Indian journal of veterinary science and animal husbandry - Volume 5,
Year: 1935
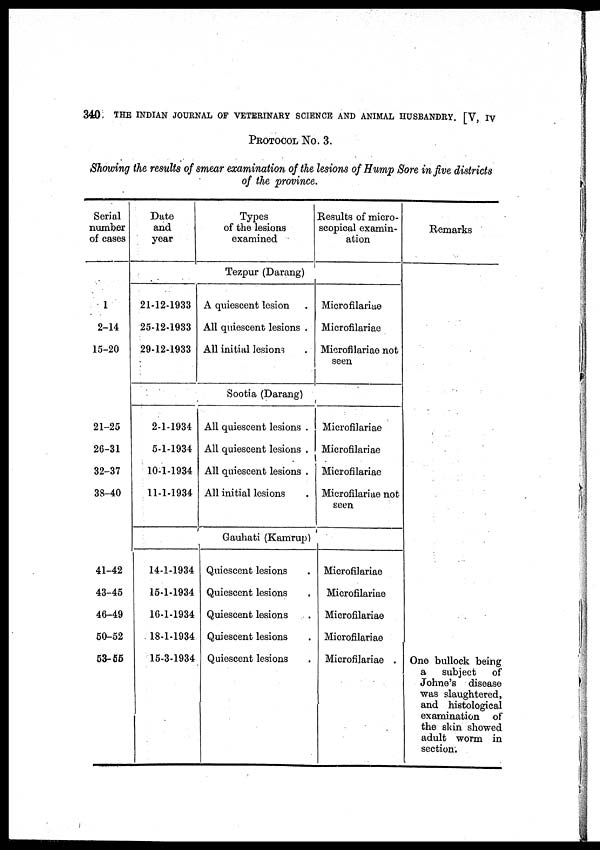
340
THE INDIAN JOURNAL OF VETERINARY SCIENCE AND ANIMAL HUSBANDRY. [V, IV
PROTOCOL No. 3.
Showing the results of smear examination of the lesions of Hump Sore in five districts
of the province.
Serial
number
of cases
1
2-14
15-20
21-25
26-31
32-37
38-40
41-42
43-45
46-49
50-52
53-55
Date
and
year
21-12-1933
25-12-1933
29-12-1933
2-1-1934
5-1-1934
10-1-1934
11-1-1934
14-1-1934
15-1-1934
16-1-1934
18-1-1934
15-3-1934
Types
of the lesions
examined
Tezpur (Darang)
A quiescent lesion
All quiescent lesions .
All initial lesions
Sootia (Darang)
All quiescent lesions .
All quiescent lesions .
All quiescent lesions .
All initial lesions
Gauhati (Kamrup)
Quiescent lesions .
Quiescent lesions .
Quiescent lesions .
Quiescent lesions .
Quiescent lesions .
Results of micro-
scopical examin-
ation
Microfilariae
Microfilariae
Microfilariae not
seen
Microfilariae
Microfilariae
Microfilariae
Microfilariae not
seen
Microfilariae
Microfilariae
Microfilariae
Microfilariae
Microfilariae .
Remarks
One bullock being
a
subject
of
Johne's disease
was slaughtered,
and histological
examination of
the skin showed
adult worm in
section.